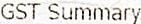
GST SUMMARY